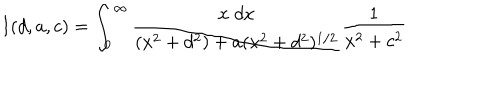
I ( d , a , c ) = \int _ { 0 } ^ { \infty } { \frac { x \; d x } { ( x ^ { 2 } + d ^ { 2 } ) + a ( x ^ { 2 } + d ^ { 2 } ) ^ { 1 / 2 } } } { \frac { 1 } { x ^ { 2 } + c ^ { 2 } } }